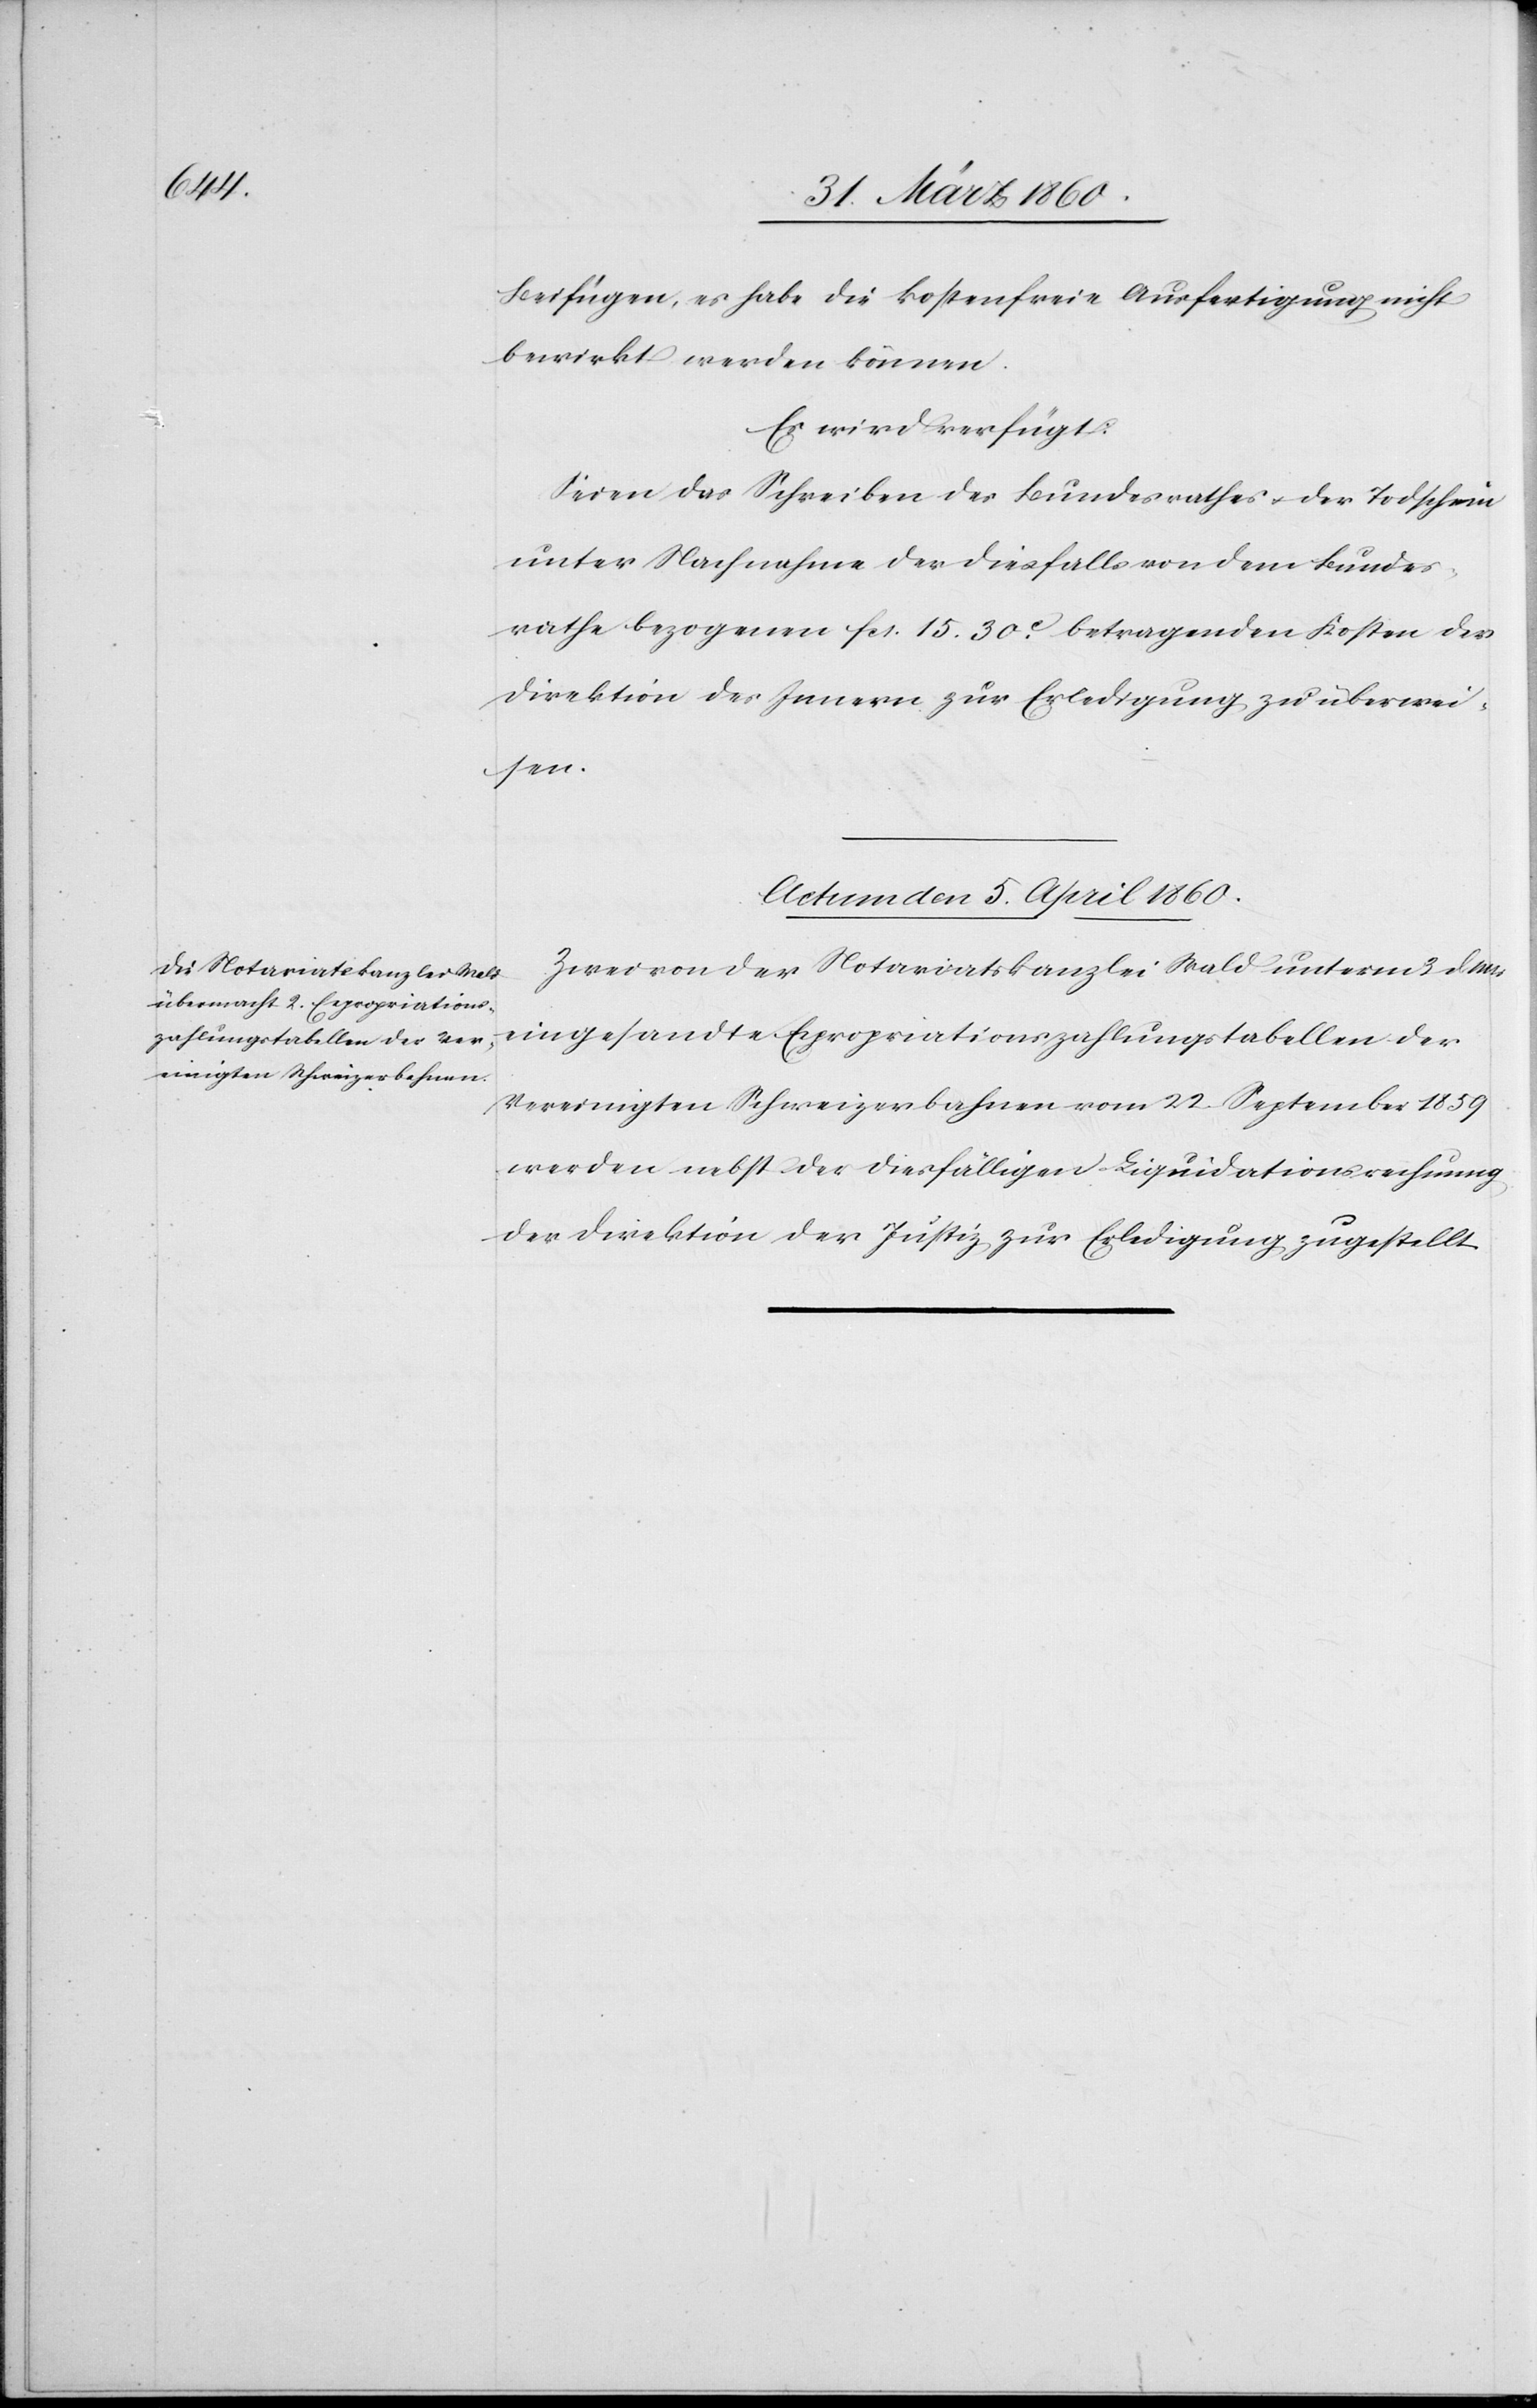
Beifügen, es habe die Kostenfreie Ausfertigung nicht
bewirkt werden können.
Es wird verfügt:
Seien das Schreiben des Bundesrathes u. der Todschein
unter Nachnahme des diesfalls von dem Bundes¬
rathe bezogenen fcs. 15. 30C betragenden Kosten der
Direktion des Innern zur Erledigung zu überwei¬
sen.
Actum den 5. April 1860.
Zwei von der Notariatskanzlei Wald unterm 3. d. M.
eingesandte Expropriationszahlungstabellen der
Vereinigten Schweizerbahnen vom 22. September 1859
werden nebst der diesfälligen Liquidationsrechnung
der Direktion der Justiz zur Erledigung zugestellt.